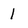
Character: I